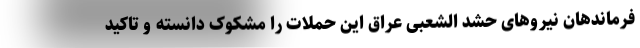
فرماندهان نیروهای حشد الشعبی عراق این حملات را مشکوک دانسته و تاکید